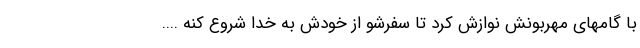
با گامهای مهربونش نوازش کرد تا سفرشو از خودش به خدا شروع کنه ....